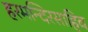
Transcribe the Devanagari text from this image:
हरमन्दिरसाहिब